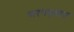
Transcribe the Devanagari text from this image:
घरगड्यास